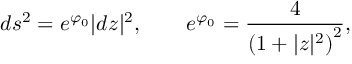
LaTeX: d s ^ { 2 } = e ^ { \varphi _ { 0 } } | d z | ^ { 2 } , \qquad e ^ { \varphi _ { 0 } } = { \frac { 4 } { \left( 1 + | z | ^ { 2 } \right) ^ { 2 } } } ,